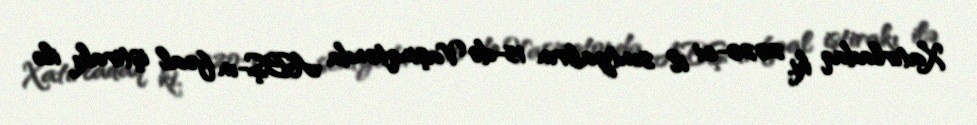
Xatırladaq ki, 2020-ci il sentyabrın 15-də Vaşinqtonda ABŞ-ın fəal iştirakı ilə